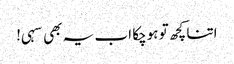
اتنا کچھ تو ہوچکا اب یہ بھی سہی!